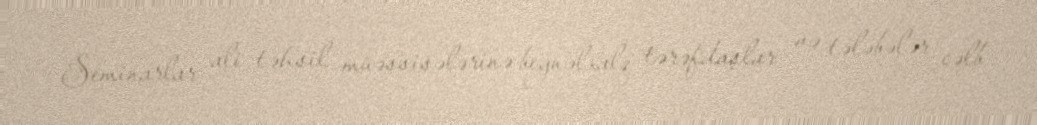
Seminarlar ali təhsil müəssisələrinə beynəlxalq tərəfdaşlar və tələbələr cəlb